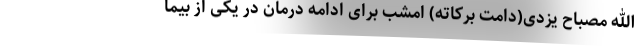
الله مصباح یزدی(دامت برکاته) امشب برای ادامه درمان در یکی از بیما